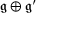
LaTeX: { \mathfrak { g } } \oplus { \mathfrak { g ^ { \prime } } }